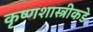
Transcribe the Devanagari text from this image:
कृष्णशास्त्रीकडे